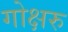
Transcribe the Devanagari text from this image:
गोक्षरु